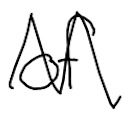
Text: of
Cross-out: zig-zag
Writing tool: digital_black